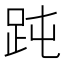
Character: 𧿬